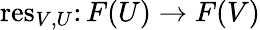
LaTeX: \operatorname{res}_{V,U}\colon F(U)\rightarrow F(V)